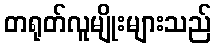
တရုတ်လူမျိုးများသည်